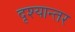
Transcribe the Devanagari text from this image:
दृश्यान्तर